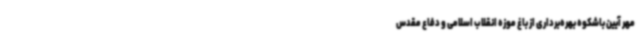
مهر آیین باشکوه بهره‌برداری از باغ موزه انقلاب اسلامی و دفاع مقدس